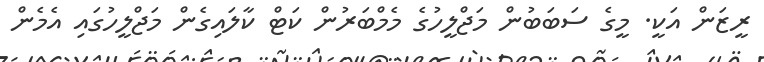
ރީޒަން އަކީ. މީގެ ސަބަބުން މަޖްލީހުގެ މެމްބަރުން ކަޓް ކާލައިގެން މަޖްލީހުގައި އެމެން